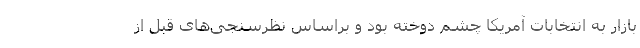
بازار به انتخابات آمریکا چشم دوخته بود و براساس نظرسنجی‌های قبل از